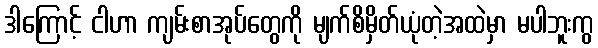
ဒါကြောင့် ငါဟာ ကျမ်းစာအုပ်တွေကို မျက်စိမှိတ်ယုံတဲ့အထဲမှာ မပါဘူးကွ